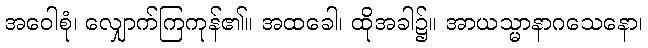
အဝေါစုံ၊ လျှောက်ကြကုန်၏။ အထခေါ၊ ထိုအခါ၌။ အာယသ္မာနာဂသေနော၊